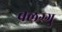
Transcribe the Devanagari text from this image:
बलग्गु